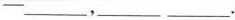
—________,_______ ________...